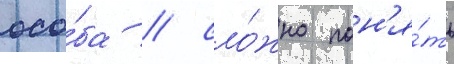
осо́ба / сло́жно пон'я́ть